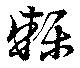
轢